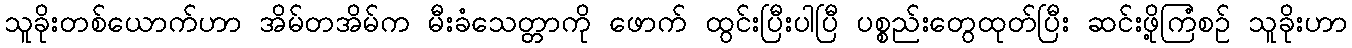
သူခိုးတစ်ယောက်ဟာ အိမ်တအိမ်က မီးခံသေတ္တာကို ဖောက် ထွင်းပြီးပါပြီ ပစ္စည်းတွေထုတ်ပြီး ဆင်းဖို့ကြံစဉ် သူခိုးဟာ